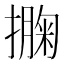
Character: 𢵁